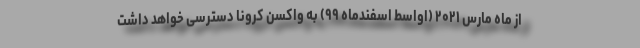
از ماه مارس ۲۰۲۱ (اواسط اسفندماه ۹۹) به واکسن کرونا دسترسی خواهد داشت